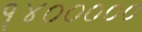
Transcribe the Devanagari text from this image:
१४०००००